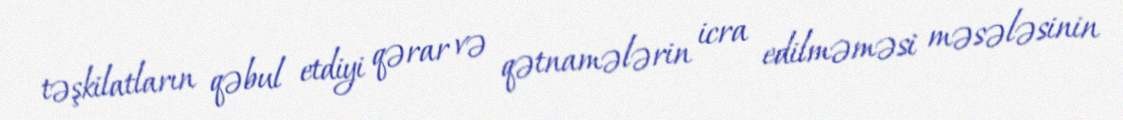
təşkilatların qəbul etdiyi qərar və qətnamələrin icra edilməməsi məsələsinin